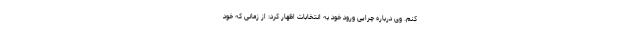
کنم. وی درباره چرایی ورود خود به انتخابات اظهار کرد: از زمانی که خود